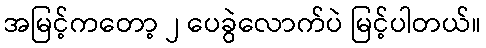
အမြင့်ကတော့ ၂ ပေခွဲလောက်ပဲ မြင့်ပါတယ်။